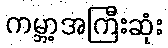
ကမ္ဘာ့အကြီးဆုံး